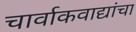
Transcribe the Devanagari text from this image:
चार्वाकवाद्यांचा